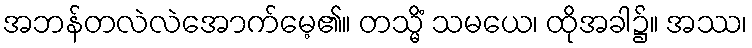
အဘန်တလဲလဲအောက်မေ့၏။ တသ္မိံ သမယေ၊ ထိုအခါ၌။ အဿ၊